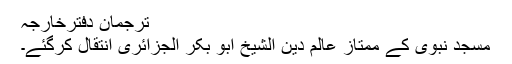
ترجمان دفترخارجہ
مسجد نبوی کے مُمتاز عالم دین الشیخ ابو بکر الجزائری انتقال کرگئے۔